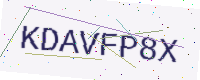
Text: KDAVFP8X